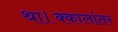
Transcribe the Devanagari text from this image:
था।क्कालांतर